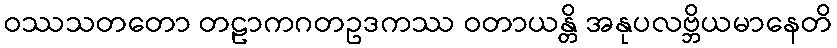
ဝဿသတတော တဠာကဂတဥဒကဿ ဝတာယန္တိ အနုပလဗ္ဘိယမာနေတိ